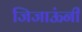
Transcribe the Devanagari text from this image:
जिजाऊंनी